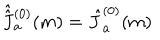
\hat { \hat { J \hspace { . 0 4 5 i n } ^ { } } } \hspace { - . 0 5 i n } _ { a } ^ { ( 0 ) } ( m ) = \hat { J } _ { a } ^ { ( 0 ) } ( m )